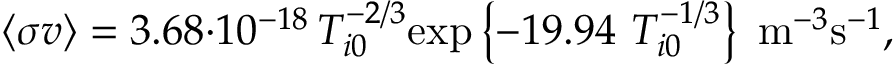
\langle \sigma v \rangle = 3 . 6 8 { \cdot } 1 0 ^ { - 1 8 } \, T _ { i 0 } ^ { - 2 / 3 } \mathrm { e x p } \left\{ - 1 9 . 9 4 ~ T _ { i 0 } ^ { - 1 / 3 } \right\} ~ \mathrm { m } ^ { - 3 } \mathrm { s } ^ { - 1 } ,